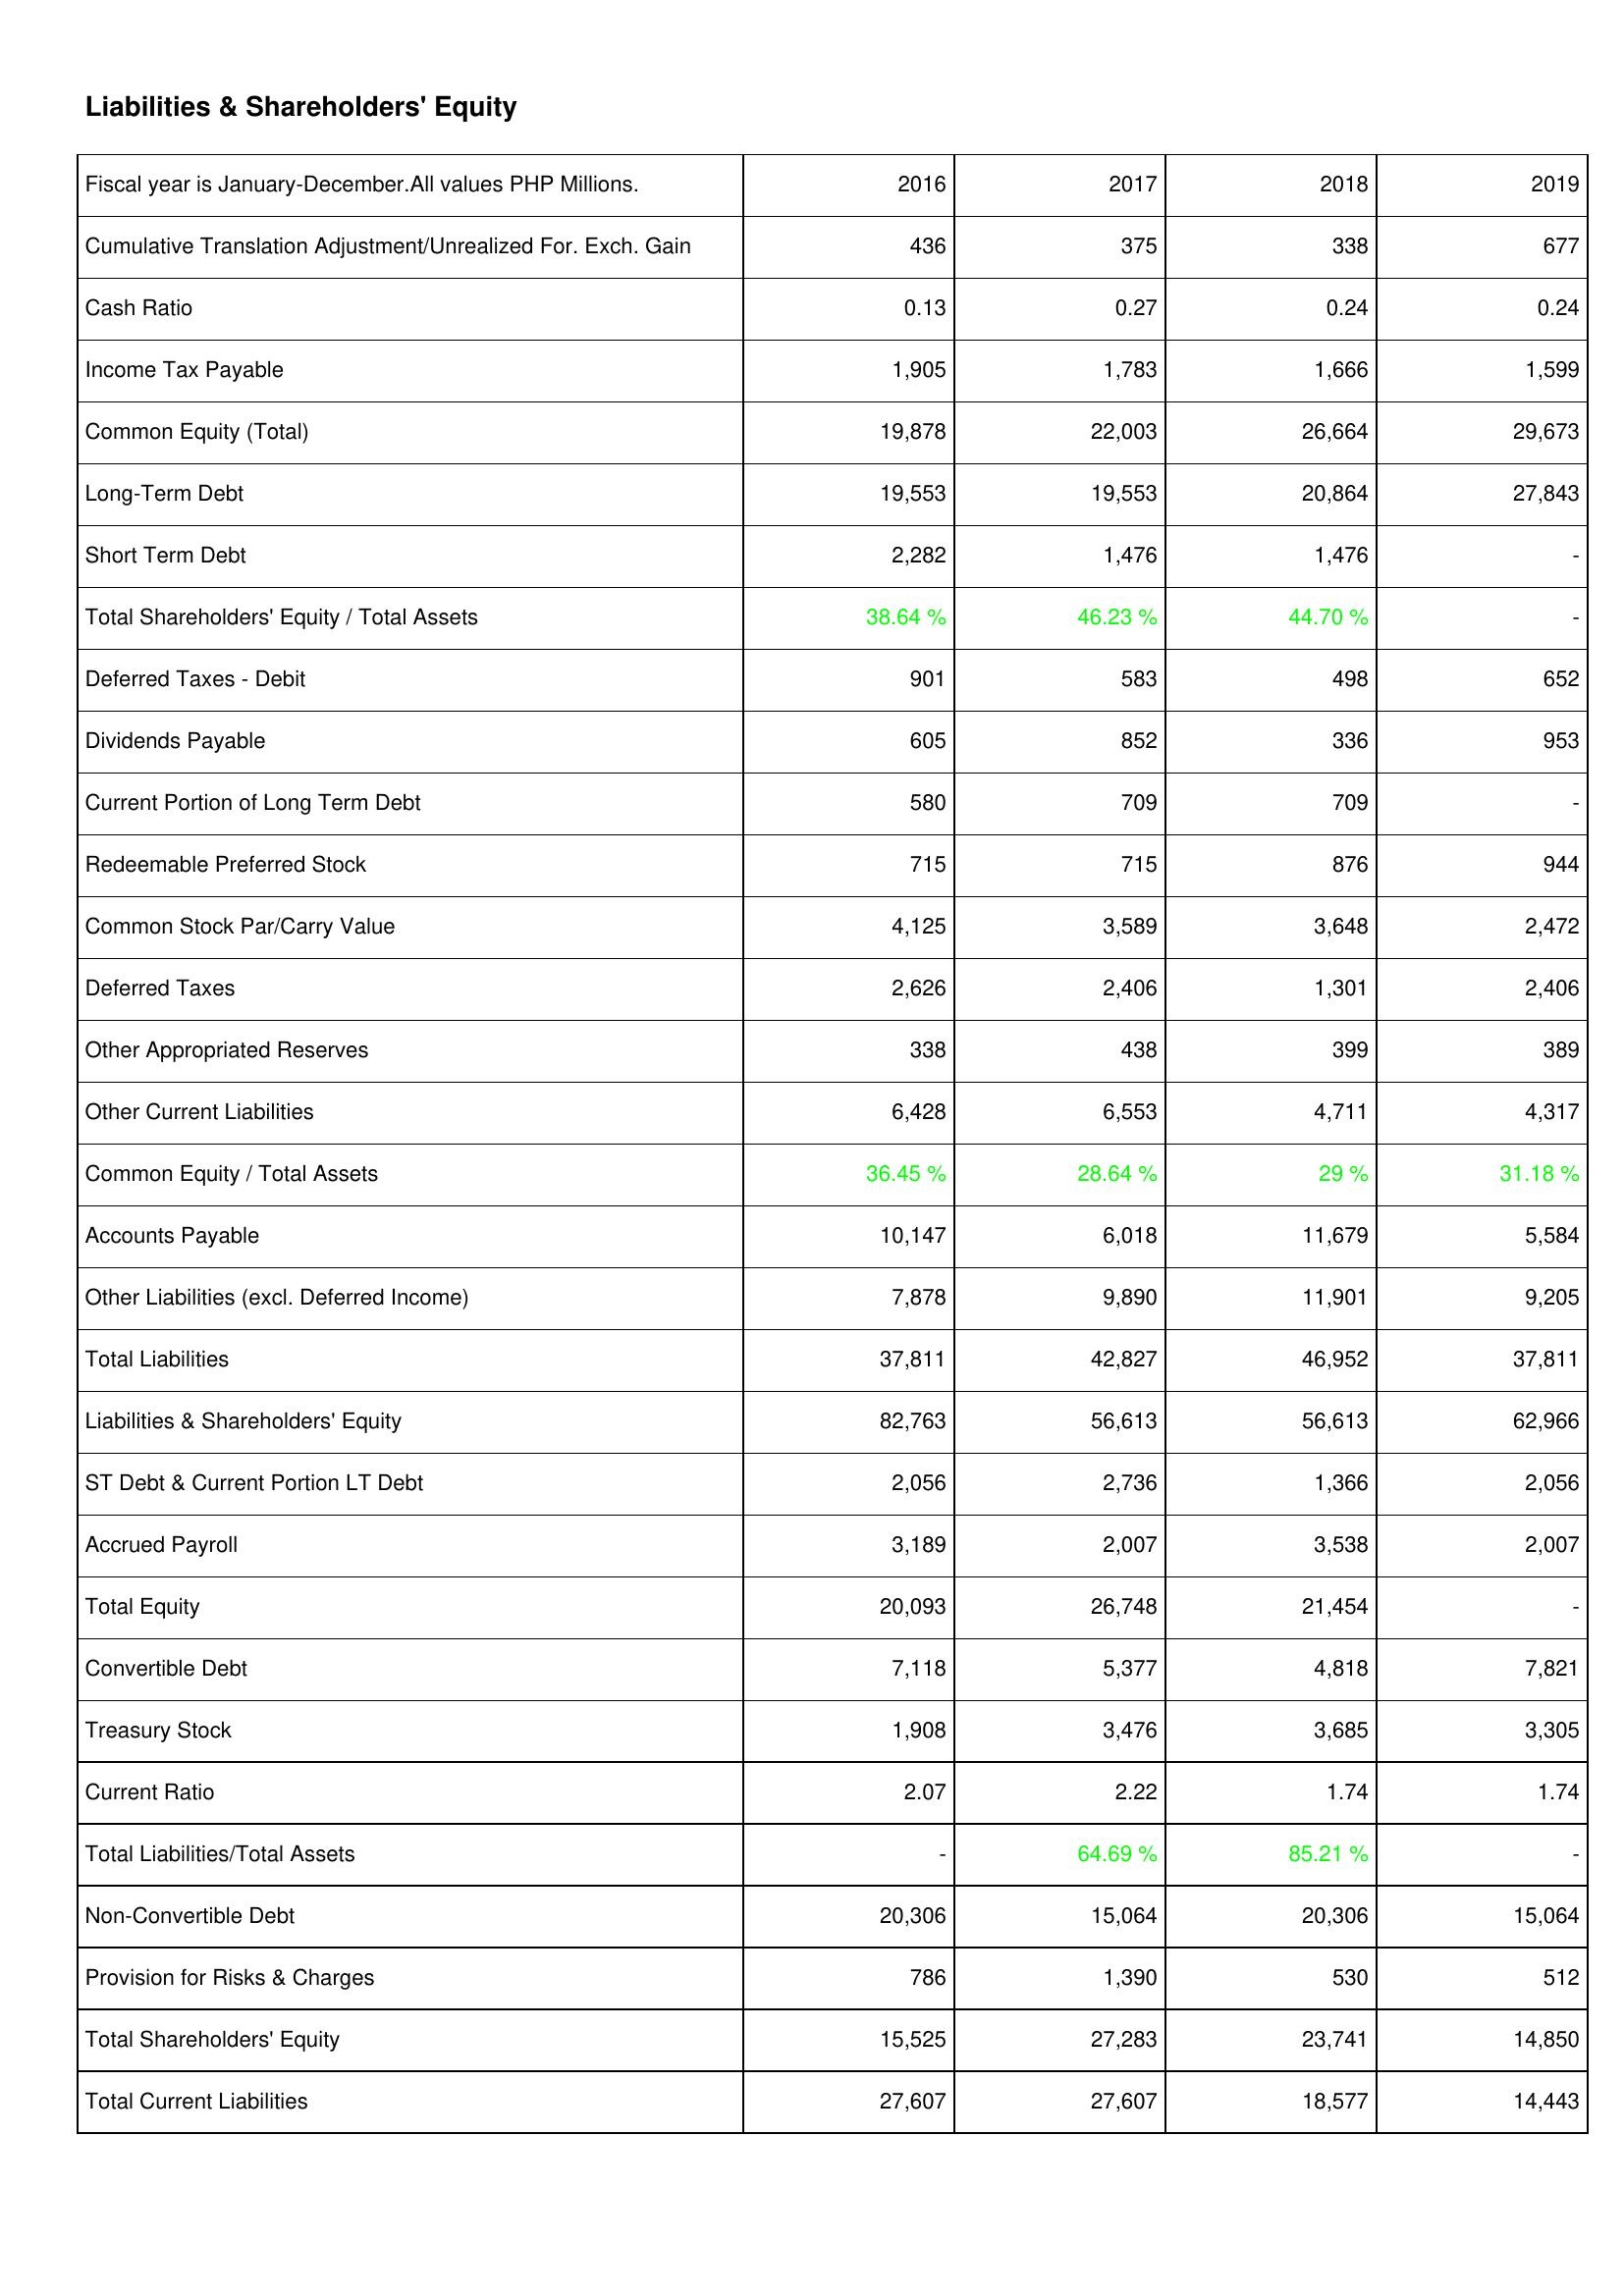
2016: Liabilities & Shareholders' Equity: Cumulative Translation Adjustment/Unrealized For. Exch. Gain: 436
Cash Ratio: 0.13
Income Tax Payable: 1,905
Common Equity (Total): 19,878
Long-Term Debt: 19,553
Short Term Debt: 2,282
Total Shareholders' Equity / Total Assets: 38.64 %
Deferred Taxes - Debit: 901
Dividends Payable: 605
Current Portion of Long Term Debt: 580
Redeemable Preferred Stock: 715
Common Stock Par/Carry Value: 4,125
Deferred Taxes: 2,626
Other Appropriated Reserves: 338
Other Current Liabilities: 6,428
Common Equity / Total Assets: 36.45 %
Accounts Payable: 10,147
Other Liabilities (excl. Deferred Income): 7,878
Total Liabilities: 37,811
Liabilities & Shareholders' Equity: 82,763
ST Debt & Current Portion LT Debt: 2,056
Accrued Payroll: 3,189
Total Equity: 20,093
Convertible Debt: 7,118
Treasury Stock: 1,908
Current Ratio: 2.07
Total Liabilities/Total Assets: -
Non-Convertible Debt: 20,306
Provision for Risks & Charges: 786
Total Shareholders' Equity: 15,525
Total Current Liabilities: 27,607
2017: Liabilities & Shareholders' Equity: Cumulative Translation Adjustment/Unrealized For. Exch. Gain: 375
Cash Ratio: 0.27
Income Tax Payable: 1,783
Common Equity (Total): 22,003
Long-Term Debt: 19,553
Short Term Debt: 1,476
Total Shareholders' Equity / Total Assets: 46.23 %
Deferred Taxes - Debit: 583
Dividends Payable: 852
Current Portion of Long Term Debt: 709
Redeemable Preferred Stock: 715
Common Stock Par/Carry Value: 3,589
Deferred Taxes: 2,406
Other Appropriated Reserves: 438
Other Current Liabilities: 6,553
Common Equity / Total Assets: 28.64 %
Accounts Payable: 6,018
Other Liabilities (excl. Deferred Income): 9,890
Total Liabilities: 42,827
Liabilities & Shareholders' Equity: 56,613
ST Debt & Current Portion LT Debt: 2,736
Accrued Payroll: 2,007
Total Equity: 26,748
Convertible Debt: 5,377
Treasury Stock: 3,476
Current Ratio: 2.22
Total Liabilities/Total Assets: 64.69 %
Non-Convertible Debt: 15,064
Provision for Risks & Charges: 1,390
Total Shareholders' Equity: 27,283
Total Current Liabilities: 27,607
2018: Liabilities & Shareholders' Equity: Cumulative Translation Adjustment/Unrealized For. Exch. Gain: 338
Cash Ratio: 0.24
Income Tax Payable: 1,666
Common Equity (Total): 26,664
Long-Term Debt: 20,864
Short Term Debt: 1,476
Total Shareholders' Equity / Total Assets: 44.70 %
Deferred Taxes - Debit: 498
Dividends Payable: 336
Current Portion of Long Term Debt: 709
Redeemable Preferred Stock: 876
Common Stock Par/Carry Value: 3,648
Deferred Taxes: 1,301
Other Appropriated Reserves: 399
Other Current Liabilities: 4,711
Common Equity / Total Assets: 29 %
Accounts Payable: 11,679
Other Liabilities (excl. Deferred Income): 11,901
Total Liabilities: 46,952
Liabilities & Shareholders' Equity: 56,613
ST Debt & Current Portion LT Debt: 1,366
Accrued Payroll: 3,538
Total Equity: 21,454
Convertible Debt: 4,818
Treasury Stock: 3,685
Current Ratio: 1.74
Total Liabilities/Total Assets: 85.21 %
Non-Convertible Debt: 20,306
Provision for Risks & Charges: 530
Total Shareholders' Equity: 23,741
Total Current Liabilities: 18,577
2019: Liabilities & Shareholders' Equity: Cumulative Translation Adjustment/Unrealized For. Exch. Gain: 677
Cash Ratio: 0.24
Income Tax Payable: 1,599
Common Equity (Total): 29,673
Long-Term Debt: 27,843
Short Term Debt: -
Total Shareholders' Equity / Total Assets: -
Deferred Taxes - Debit: 652
Dividends Payable: 953
Current Portion of Long Term Debt: -
Redeemable Preferred Stock: 944
Common Stock Par/Carry Value: 2,472
Deferred Taxes: 2,406
Other Appropriated Reserves: 389
Other Current Liabilities: 4,317
Common Equity / Total Assets: 31.18 %
Accounts Payable: 5,584
Other Liabilities (excl. Deferred Income): 9,205
Total Liabilities: 37,811
Liabilities & Shareholders' Equity: 62,966
ST Debt & Current Portion LT Debt: 2,056
Accrued Payroll: 2,007
Total Equity: -
Convertible Debt: 7,821
Treasury Stock: 3,305
Current Ratio: 1.74
Total Liabilities/Total Assets: -
Non-Convertible Debt: 15,064
Provision for Risks & Charges: 512
Total Shareholders' Equity: 14,850
Total Current Liabilities: 14,443